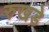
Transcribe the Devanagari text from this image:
रुखड़े